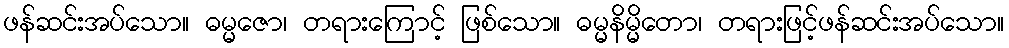
ဖန်ဆင်းအပ်သော။ ဓမ္မဇော၊ တရားကြောင့် ဖြစ်သော။ ဓမ္မနိမ္မိတော၊ တရားဖြင့်ဖန်ဆင်းအပ်သော။